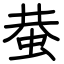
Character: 蛬